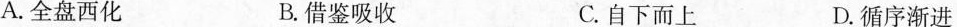
A.全盘西化 B.借鉴吸收 C.自下而上 D.循序渐进